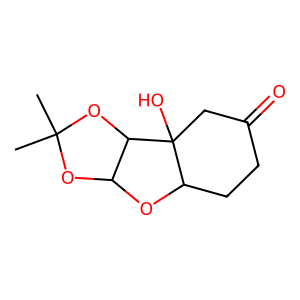
SMILES: CC1(C)OC2OC3CCC(=O)CC3(O)C2O1
Inhibits HIV replication: No